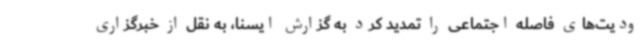
ودیت‌های فاصله اجتماعی را تمدید کرد به گزارش ایسنا، به نقل از خبرگزاری